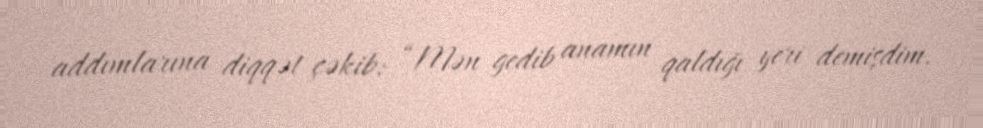
addımlarına diqqət çəkib: “Mən gedib anamın qaldığı yeri demişdim.